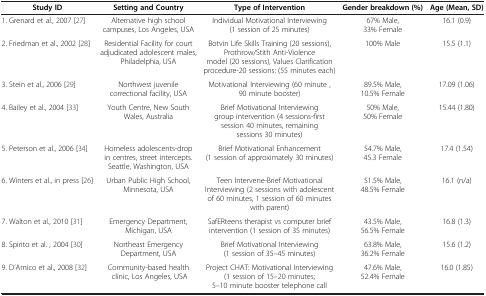
| Study ID | Setting and Country | Type of Intervention | Gender breakdown (%) | Age (Mean, SD) |
 | --- | --- | --- | --- | --- |
 | 1. Grenard et al., 2007 [27] | Alternative high school campuses, Los Angeles, USA | Individual Motivational Interviewing (1 session of 25 minutes) | 67% Male, 33% Female | 16.1 (0.9) |
 | 2. Friedman et al., 2002 [28] | Residential Facility for court adjudicated adolescent males, Philadelphia, USA | Botvin Life Skills Training (20 sessions), Prothrow/Stith Anti-Violence model (20 sessions), Values Clarification procedure-20 sessions: (55 minutes each) | 100% Male | 15.5 (1.1) |
 | 3. Stein et al., 2006 [29] | Northwest juvenile correctional facility, USA | Motivational Interviewing (60 minute , 90 minute booster) | 89.5% Male, 10.5% Female | 17.09 (1.06) |
 | 4. Bailey et al., 2004 [33] | Youth Centre, New South Wales, Australia | Brief Motivational Interviewing group intervention (4 sessions-first session 40 minutes, remaining sessions 30 minutes) | 50% Male, 50% Female | 15.44 (1.80) |
 | 5. Peterson et al., 2006 [34] | Homeless adolescents-drop in centres, street intercepts. Seattle, Washington, USA | Brief Motivational Enhancement (1 session of approximately 30 minutes) | 54.7% Male, 45.3 Female | 17.4 (1.54) |
 | 6. Winters et al., in press [26] | Urban Public High School, Minnesota, USA | Teen Intervene-Brief Motivational Interviewing (2 sessions with adolescent of 60 minutes, 1 session of 60 minutes with parent) | 51.5% Male, 48.5% Female | 16.1 (n/a) |
 | 7. Walton et al., 2010 [31] | Emergency Department, Michigan, USA | SafERteens therapist vs computer brief intervention (1 session of 35 minutes) | 43.5% Male, 56.5% Female | 16.8 (1.3) |
 | 8. Spirito et al. , 2004 [30] | Northeast Emergency Department, USA | Brief Motivational Interviewing (1 session of 35–45 minutes) | 63.8% Male, 36.2% Female | 15.6 (1.2) |
 | 9. D’Amico et al., 2008 [32] | Community-based health clinic, Los Angeles, USA | Project CHAT: Motivational Interviewing (1 session of 15–20 minutes; 5–10 minute booster telephone call | 47.6% Male, 52.4% Female | 16.0 (1.85) |